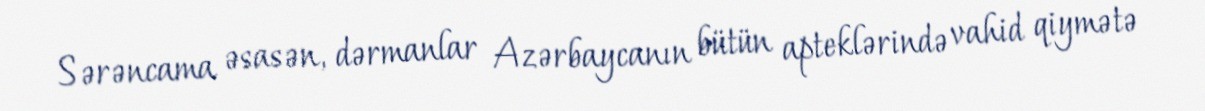
Sərəncama əsasən, dərmanlar Azərbaycanın bütün apteklərində vahid qiymətə